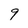
Character: 9